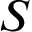
S